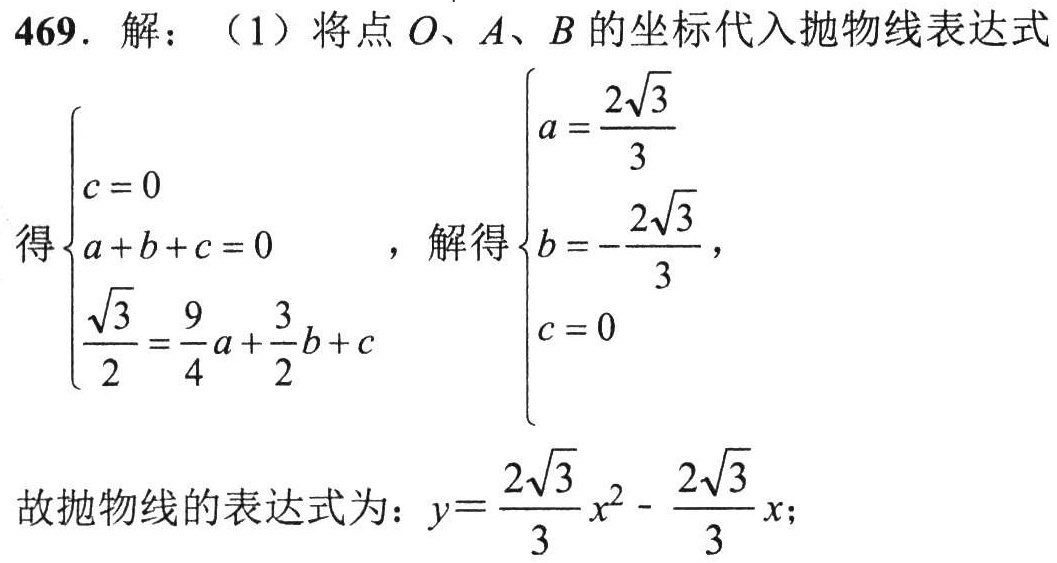
469. 解：（1）将点\(O\)、\(A\)、\(B\)的坐标代入抛物线表达式
得\(\begin{cases}c = 0\\a + b + c = 0\\\frac{\sqrt{3}}{2}=\frac{9}{4}a+\frac{3}{2}b + c\end{cases}\)，解得\(\begin{cases}a=\frac{2\sqrt{3}}{3}\\b=-\frac{2\sqrt{3}}{3}\\c = 0\end{cases}\)，
故抛物线的表达式为：\(y = \frac{2\sqrt{3}}{3}x^{2}-\frac{2\sqrt{3}}{3}x\)；